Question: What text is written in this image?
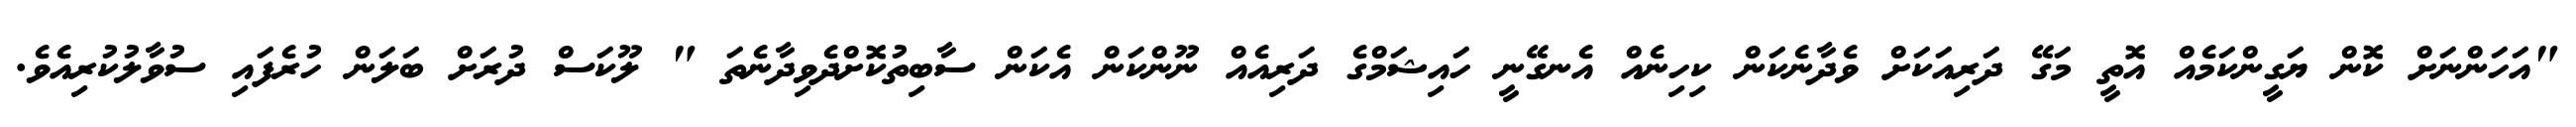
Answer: "އަހަންނަށް ކޮން ޔަގީންކަމެއް އޮތީ މަގޭ ދަރިއަކަށް ވެދާނެކަން ކިހިނެއް އެނގޭނީ ހައިޝަމްގެ ދަރިއެއް ނޫންކަން އެކަން ސާބިތުކޮށްދެވިދާނެތަ " ލޫކަސް ދުރަށް ބަލަން ހުރެފައި ސުވާލުކުރިއެވެ.